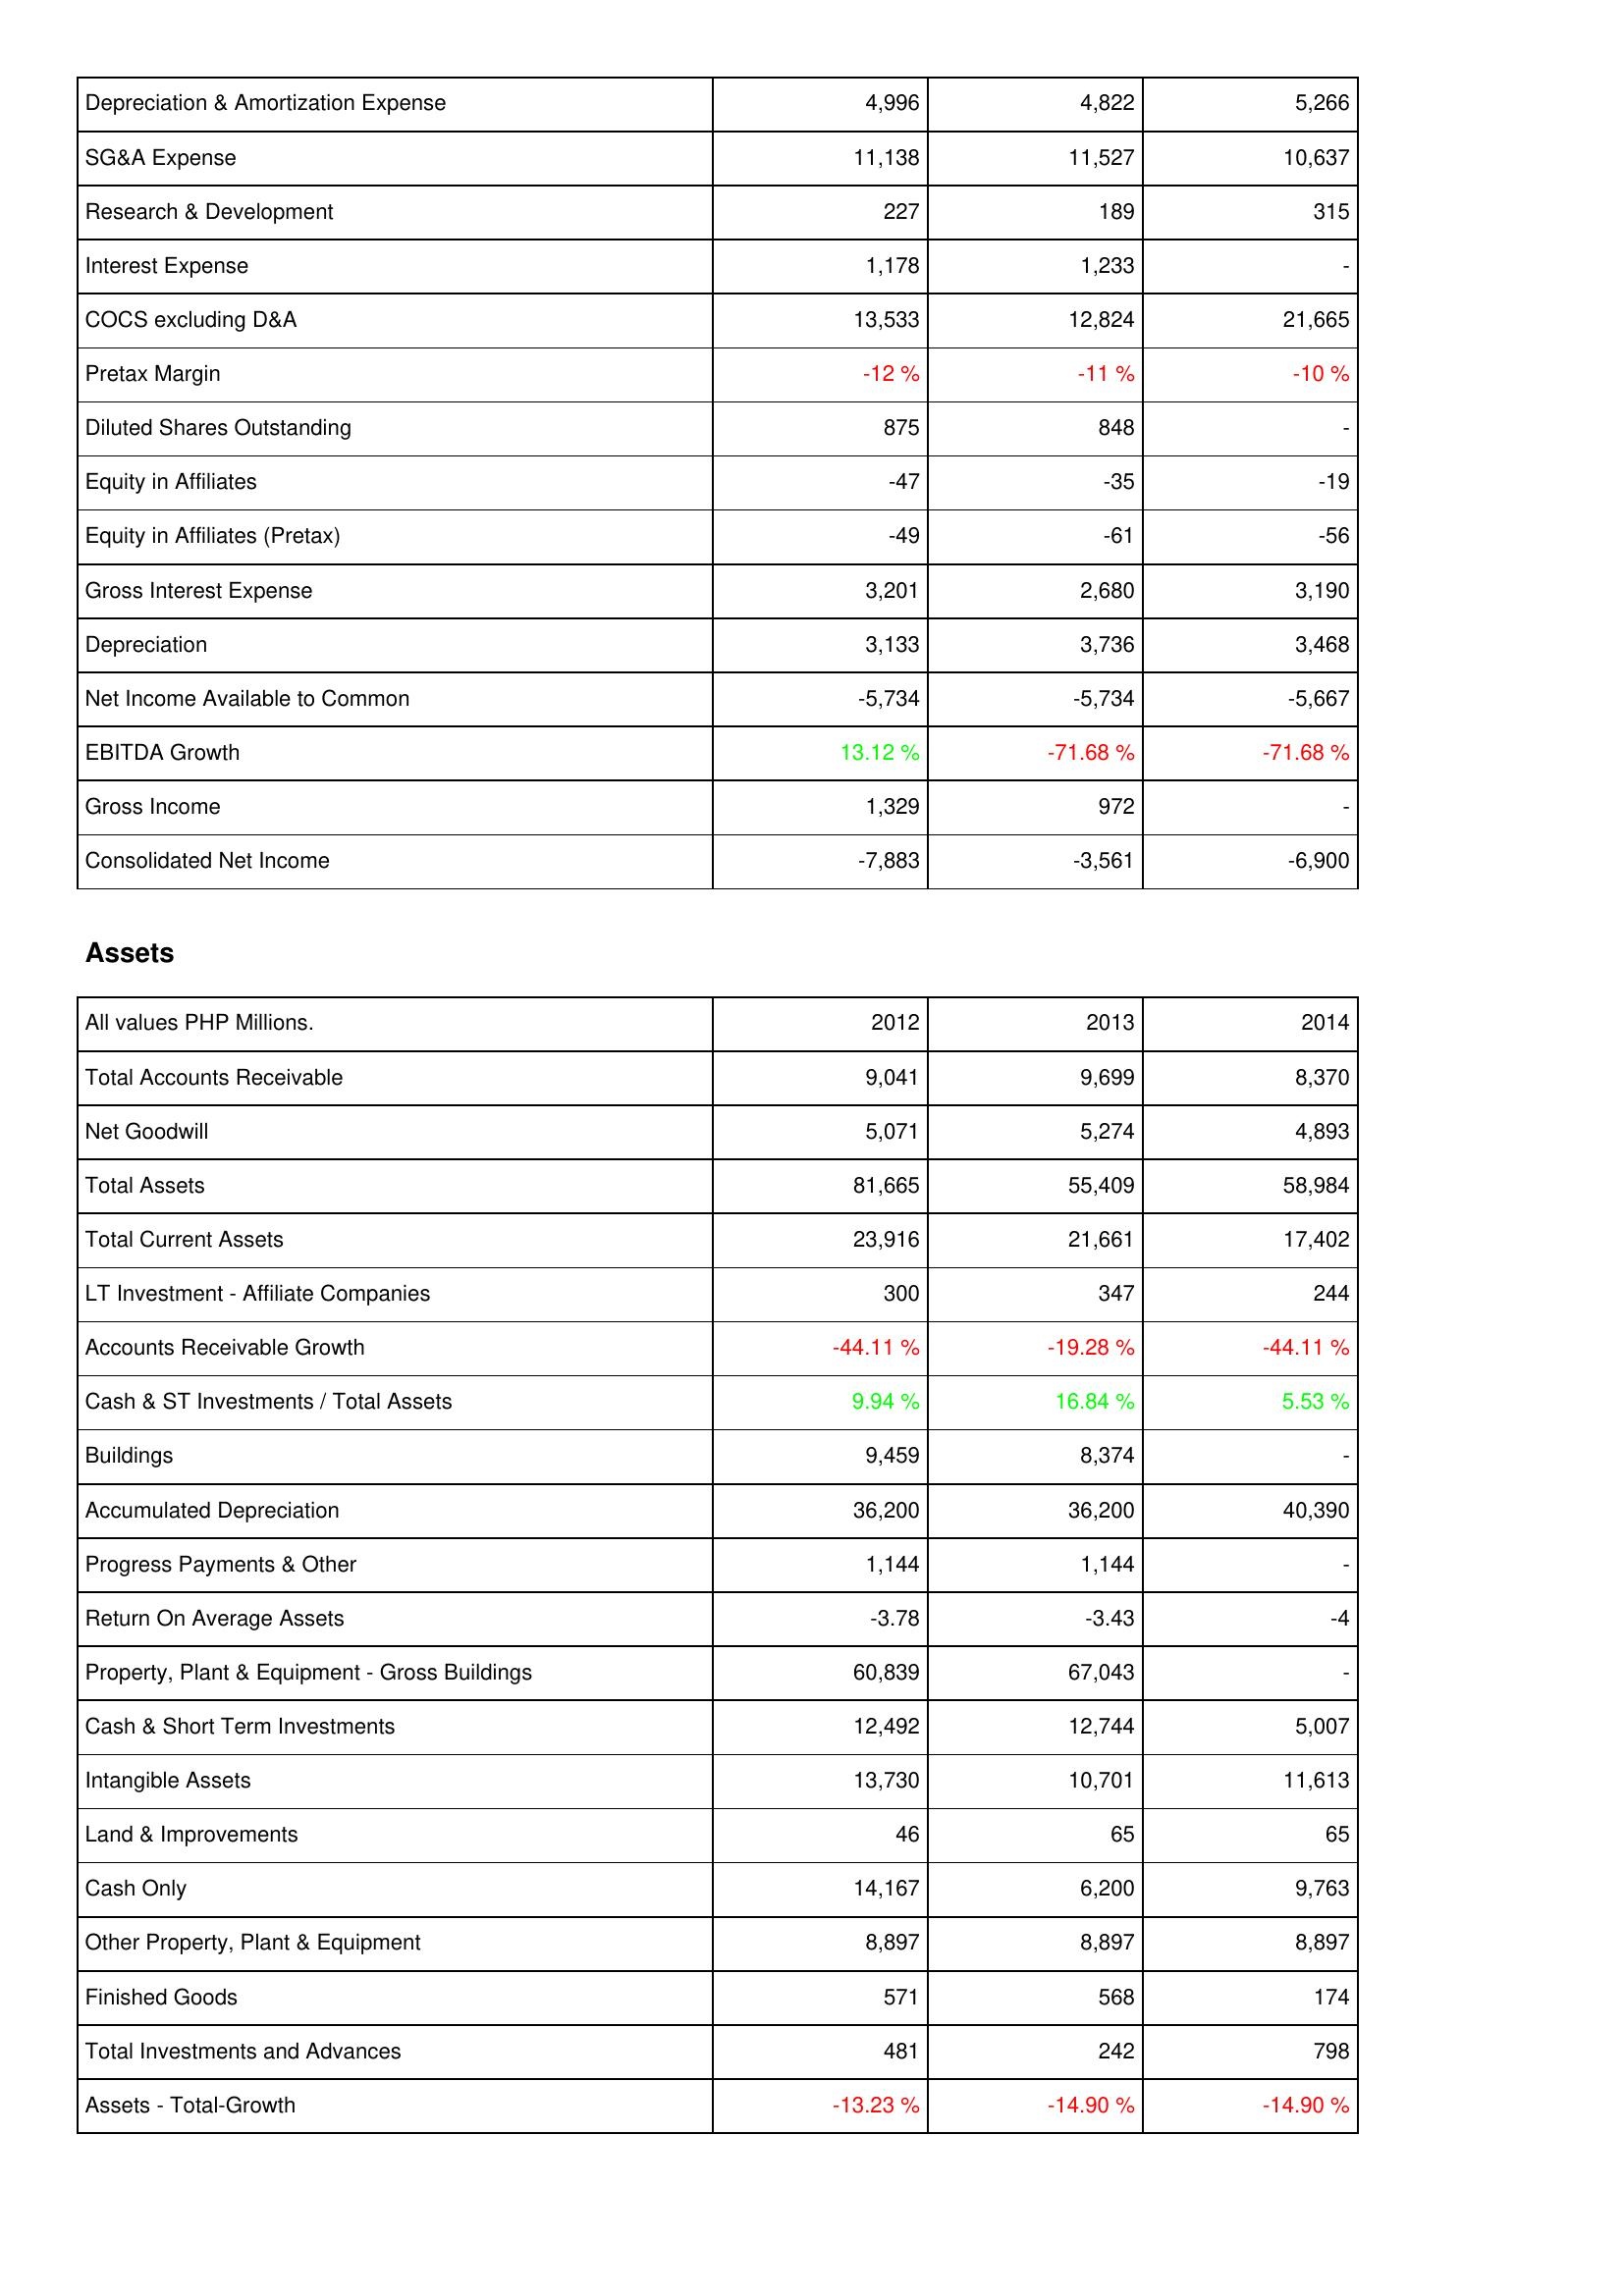
2012: Income Statement: Depreciation & Amortization Expense: 4,996
SG&A Expense: 11,138
Research & Development: 227
Interest Expense: 1,178
COCS excluding D&A: 13,533
Pretax Margin: -12 %
Diluted Shares Outstanding: 875
Equity in Affiliates: -47
Equity in Affiliates (Pretax): -49
Gross Interest Expense: 3,201
Depreciation: 3,133
Net Income Available to Common: -5,734
EBITDA Growth: 13.12 %
Gross Income: 1,329
Consolidated Net Income: -7,883
Assets: Total Accounts Receivable: 9,041
Net Goodwill: 5,071
Total Assets: 81,665
Total Current Assets: 23,916
LT Investment - Affiliate Companies: 300
Accounts Receivable Growth: -44.11 %
Cash & ST Investments / Total Assets: 9.94 %
Buildings: 9,459
Accumulated Depreciation: 36,200
Progress Payments & Other: 1,144
Return On Average Assets: -3.78
Property, Plant & Equipment - Gross Buildings: 60,839
Cash & Short Term Investments: 12,492
Intangible Assets: 13,730
Land & Improvements: 46
Cash Only: 14,167
Other Property, Plant & Equipment: 8,897
Finished Goods: 571
Total Investments and Advances: 481
Assets - Total-Growth: -13.23 %
2013: Income Statement: Depreciation & Amortization Expense: 4,822
SG&A Expense: 11,527
Research & Development: 189
Interest Expense: 1,233
COCS excluding D&A: 12,824
Pretax Margin: -11 %
Diluted Shares Outstanding: 848
Equity in Affiliates: -35
Equity in Affiliates (Pretax): -61
Gross Interest Expense: 2,680
Depreciation: 3,736
Net Income Available to Common: -5,734
EBITDA Growth: -71.68 %
Gross Income: 972
Consolidated Net Income: -3,561
Assets: Total Accounts Receivable: 9,699
Net Goodwill: 5,274
Total Assets: 55,409
Total Current Assets: 21,661
LT Investment - Affiliate Companies: 347
Accounts Receivable Growth: -19.28 %
Cash & ST Investments / Total Assets: 16.84 %
Buildings: 8,374
Accumulated Depreciation: 36,200
Progress Payments & Other: 1,144
Return On Average Assets: -3.43
Property, Plant & Equipment - Gross Buildings: 67,043
Cash & Short Term Investments: 12,744
Intangible Assets: 10,701
Land & Improvements: 65
Cash Only: 6,200
Other Property, Plant & Equipment: 8,897
Finished Goods: 568
Total Investments and Advances: 242
Assets - Total-Growth: -14.90 %
2014: Income Statement: Depreciation & Amortization Expense: 5,266
SG&A Expense: 10,637
Research & Development: 315
Interest Expense: -
COCS excluding D&A: 21,665
Pretax Margin: -10 %
Diluted Shares Outstanding: -
Equity in Affiliates: -19
Equity in Affiliates (Pretax): -56
Gross Interest Expense: 3,190
Depreciation: 3,468
Net Income Available to Common: -5,667
EBITDA Growth: -71.68 %
Gross Income: -
Consolidated Net Income: -6,900
Assets: Total Accounts Receivable: 8,370
Net Goodwill: 4,893
Total Assets: 58,984
Total Current Assets: 17,402
LT Investment - Affiliate Companies: 244
Accounts Receivable Growth: -44.11 %
Cash & ST Investments / Total Assets: 5.53 %
Buildings: -
Accumulated Depreciation: 40,390
Progress Payments & Other: -
Return On Average Assets: -4
Property, Plant & Equipment - Gross Buildings: -
Cash & Short Term Investments: 5,007
Intangible Assets: 11,613
Land & Improvements: 65
Cash Only: 9,763
Other Property, Plant & Equipment: 8,897
Finished Goods: 174
Total Investments and Advances: 798
Assets - Total-Growth: -14.90 %